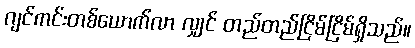
ဂျင်ကင်းတစ်ယောက်လာ လျှင် တည်တည်ငြိမ်ငြိမ်ရှိသည်။